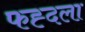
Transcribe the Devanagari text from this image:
फह्दला